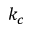
k _ { c }